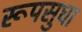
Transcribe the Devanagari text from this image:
रूपसुधा